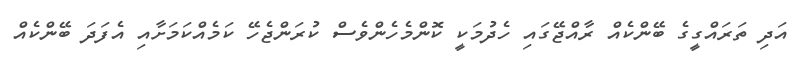
އަދި ތަރައްގީގެ ބޭންކެއް ރާއްޖޭގައި ހެދުމަކީ ކޮންމެހެންވެސް ކުރަންޖެހޭ ކަމެއްކަމަށާއި އެފަދަ ބޭންކެއް